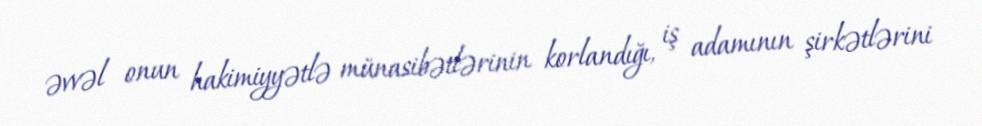
əvvəl onun hakimiyyətlə münasibətlərinin korlandığı, iş adamının şirkətlərini